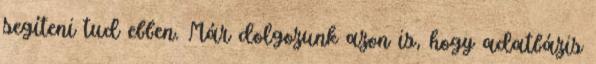
segíteni tud ebben. Már dolgozunk azon is, hogy adatbázis